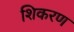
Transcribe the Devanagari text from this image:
शिकरण